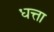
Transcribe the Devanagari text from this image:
धत्ता